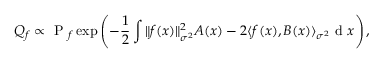
{ Q } _ { f } \propto \mathrm { ~ P ~ } _ { f } \exp \left( { - \frac { 1 } { 2 } \int \| f ( x ) \| _ { \sigma ^ { 2 } } ^ { 2 } A ( x ) - 2 \langle f ( x ) , B ( x ) \rangle _ { \sigma ^ { 2 } } } \mathrm { ~ d ~ } x \right) ,